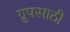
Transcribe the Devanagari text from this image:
ग्रुपसाठी